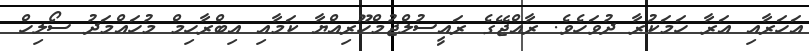
އަހަރާއި އަރާ ހަމަކުރާ ދުވަހެވެ. ރާއްޖޭގެ ރައީސުލްޖުމްހޫރިއްޔާ ކަމާއި އިބްރާހިމް މުހައްމަދު ސޯލިހް